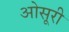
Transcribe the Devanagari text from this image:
ओसूरी